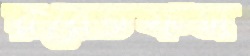
ররেতফস